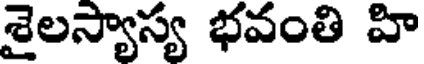
శైలస్యాస్య భవంతి హి